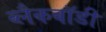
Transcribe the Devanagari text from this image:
ब्लैकबॉडी